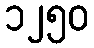
၁၂၅၀